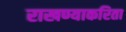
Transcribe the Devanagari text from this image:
राखण्याकरिता